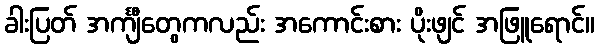
ခါးပြတ် အင်္ကျီတွေကလည်း အကောင်းစား ပိုးဖျင် အဖြူရောင်။